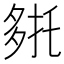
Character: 𭐹